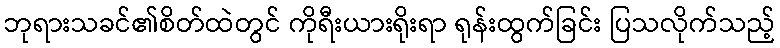
ဘုရားသခင်၏စိတ်ထဲတွင် ကိုရီးယားရိုးရာ ရုန်းထွက်ခြင်း ပြသလိုက်သည့်